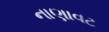
નાણાવટ